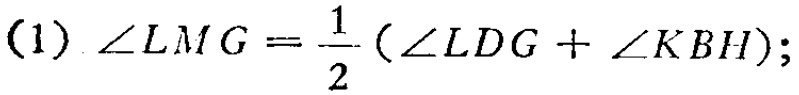
\((1)\ \angle LMG=\frac{1}{2}(\angle LDG + \angle KBH);\)